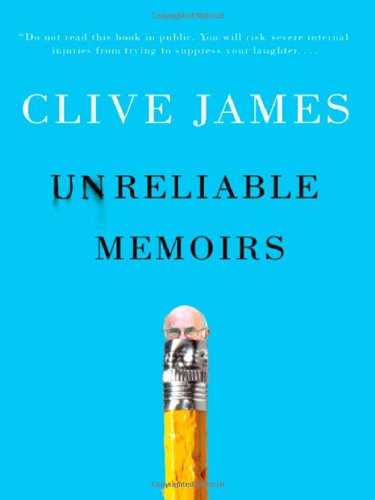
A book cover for Unreliable Memoirs; Clive James; Biographies & Memoirs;